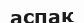
аспақ